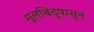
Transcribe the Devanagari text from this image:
मूलबिंदूपासून